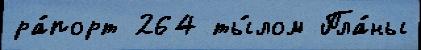
ра́порт 264 ты́лом Пла́ны